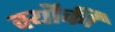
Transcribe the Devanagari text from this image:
क्यॊंकी